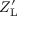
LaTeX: Z _ { \mathrm { L } } ^ { \prime }